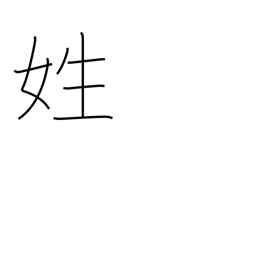
Meaning: surname